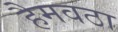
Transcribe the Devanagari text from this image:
हैमवठा